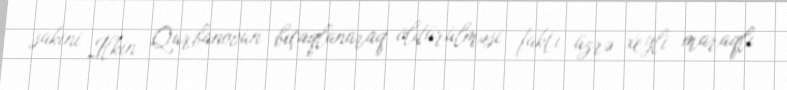
sakini İlkin Qurbanovun bıçaqlanaraq öldürülməsi faktı üzrə xeyli maraqlı